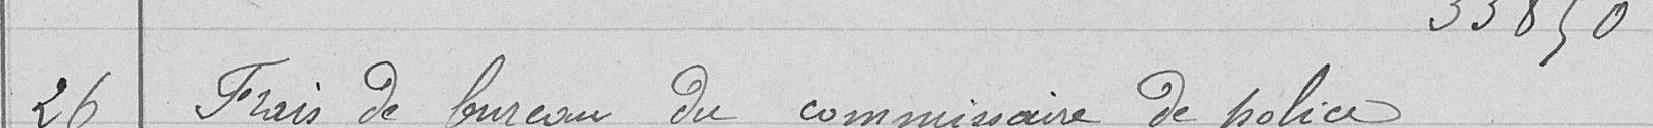
26 Frais de bureau du commissaire de police 33850